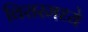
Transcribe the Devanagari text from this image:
विरारमध्ये